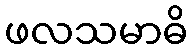
ဖလသမာဓိ